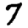
Digit: 7